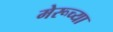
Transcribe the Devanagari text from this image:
मेरूच्या